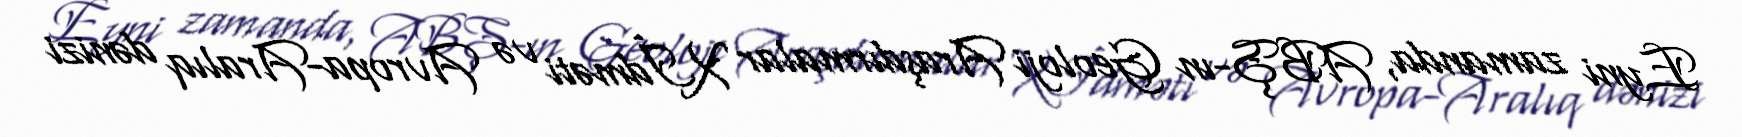
Eyni zamanda, ABŞ-ın Geoloji Araşdırmalar Xİdməti və Avropa-Aralıq dənizi